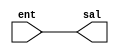
module comp_a_2 (sal, ent);
  parameter tamData = 0;
  input [tamData:0] ent;
  output [tamData:0] sal;

  assign sal = -ent;
endmodule